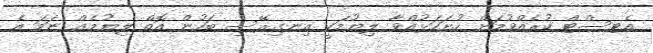
އެޓސްޓް ކުރެއްވުމަށް ހުށަހަޅުއްވާ ލިޔުމަކީ އިނގިރޭސި ބަހުން އޮތް ލިޔުމެއް ނަމަ އެ